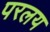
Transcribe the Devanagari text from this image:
परलय